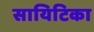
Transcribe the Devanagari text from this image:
सायिटिका